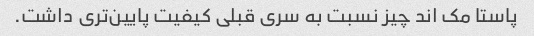
پاستا مک اند چیز نسبت به سری قبلی کیفیت پایین‌تری داشت.